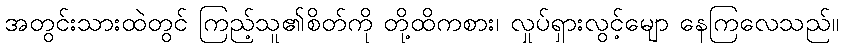
အတွင်းသားထဲတွင် ကြည့်သူ၏စိတ်ကို တို့ထိကစား၊ လှုပ်ရှားလွင့်မျော နေကြလေသည်။